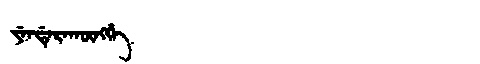
Manchu: ᠶᡝᠨᡩᡝᡵᠠᡴᡡᠩᡤᡝ
Romanization: YENDERAKŪNGGE